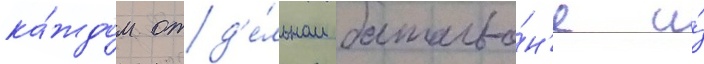
ка́ждом отд'е́льном батальо́н'е и́